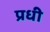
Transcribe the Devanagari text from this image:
प्रधी